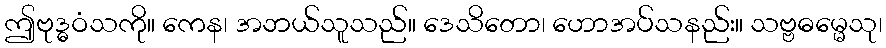
ဤဗုဒ္ဓဝံသကို။ ကေန၊ အဘယ်သူသည်။ ဒေသိတော၊ ဟောအပ်သနည်း။ သဗ္ဗဓမ္မေသု၊